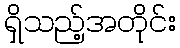
ရှိသည့်အတိုင်း